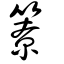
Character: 簝